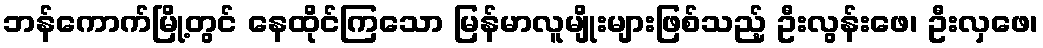
ဘန်ကောက်မြို့တွင် နေထိုင်ကြသော မြန်မာလူမျိုးများဖြစ်သည့် ဦးလွန်းဖေ၊ ဦးလှဖေ၊